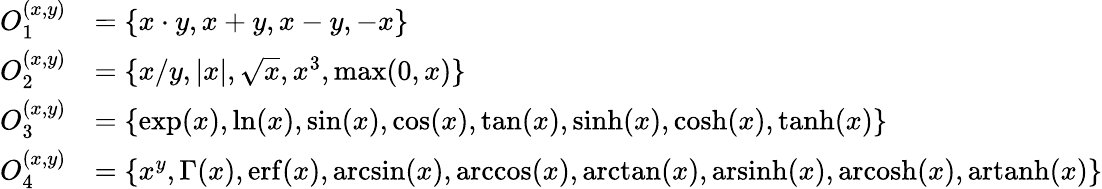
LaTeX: \begin{array}{rl}{O_{1}^{(x,y)}}&{=\{ x\cdot y,x+y,x-y,-x\} }\\ {O_{2}^{(x,y)}}&{=\{ x/y,\vert x\vert,\sqrt{x},x^{3},\operatorname*{max}(0,x)\} }\\ {O_{3}^{(x,y)}}&{=\{ \exp(x),\ln(x),\sin(x),\cos(x),\tan(x),\sinh(x),\cosh(x),\operatorname{tanh}(x)\} }\\ {O_{4}^{(x,y)}}&{=\{ x^{y},\Gamma(x),\mathrm{erf}(x),\arcsin(x),\operatorname{arccos}(x),\arctan(x),\mathrm{arsinh}(x),\mathrm{arcosh}(x),\mathrm{artanh}(x)\} }\end{array}